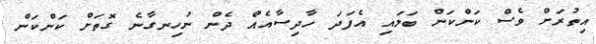
އިތުރަށް ވެސް ކަންކަން ބަލައި އެފަދަ ހާދިސާއެއް ދެން ނުހިނގާނެ ގޮތަށް ކަންކަން